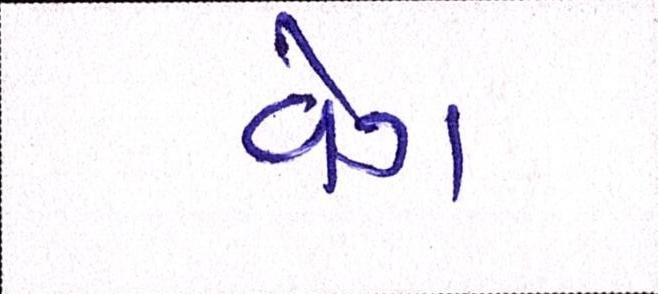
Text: વેગ